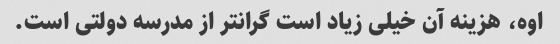
اوه، هزینه آن خیلی زیاد است گرانتر از مدرسه دولتی است.